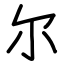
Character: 尔